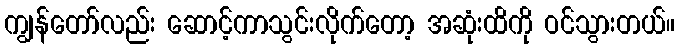
ကျွန်တော်လည်း ဆောင့်ကာသွင်းလိုက်တော့ အဆုံးထိကို ဝင်သွားတယ်။